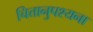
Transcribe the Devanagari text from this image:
चित्तानुपश्यना